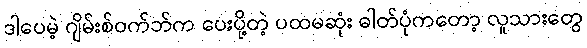
ဒါပေမဲ့ ဂျိမ်းစ်ဝက်ဘ်က ပေးပို့တဲ့ ပထမဆုံး ဓါတ်ပုံကတော့ လူသားတွေ